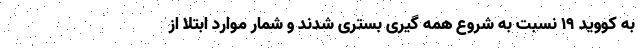
به کووید ۱۹ نسبت به شروع همه گیری بستری شدند و شمار موارد ابتلا از